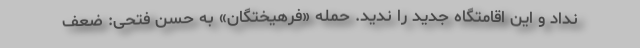
نداد و این اقامتگاه جدید را ندید. حمله «فرهیختگان» به حسن فتحی: ضعف